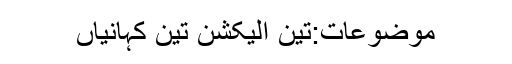
موضوعات:تین الیکشن تین کہانیاں